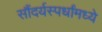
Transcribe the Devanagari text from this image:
सौंदर्यस्पर्धांमध्ये